Indian journal of veterinary science and animal husbandry - Volumes 18-21, 1948-1951
Year: 1948
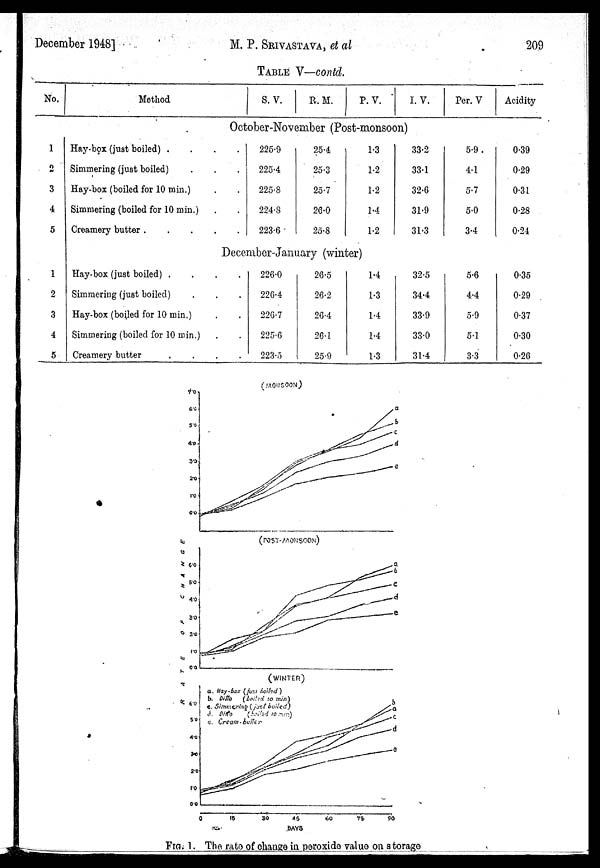
December 1948]
M. P. SRIVASTAVA, et al
209
TABLE V—contd.
No.
1
2
3
4
5
1
2
3
4
5
Method
Hay-box (just boiled) .
Simmering (just boiled)
Hay-box (boiled for 10 min.)
Simmering (boiled for 10 min.)
Creamery butter .
Hay-box (just boiled) .
Simmering (just boiled)
Hay-box (boiled for 10 min.)
Simmering (boiled for 10 min.)
Creamery butter
S. V.
R. M.
P. V.
I. V.
October-November (Post-monsoon)
225.9
225.4
225.8
224.8
223.6
25.4
25.3
25.7
26.0
25.8
1.3
1.2
1.2
1.4
1.2
December-January (winter)
226.0
226.4
226.7
225.6
223.5
26.5
26.2
26.4
26.1
25.9
1.4
1.3
1.4
1.4
1.3
33.2
33.1
32.6
31.9
31.3
32.5
34.4
33.9
33.0
31.4
Per. V
5.9
4.1
5.7
5.0
3.4
5.6
4.4
5.9
5.1
3.3
Acidity
0.39
0.29
0.31
0.28
0.24
0.35
0.29
0.37
0.30
0.26
FIG. 1. The rate of change in peroxide value on storage